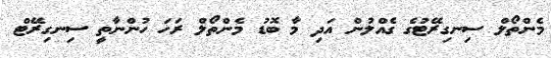
މެންތޯލް ސިނގިރޭޓުގެ ގެއްލުން އަދި މާ ބޮޑު މެންތޯލް ރަހަ ހުންނާތީ ސިނގިރޭޓް